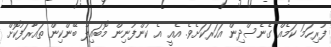
ފުރިހަމަ ކަމެއް ގެނެސްދިން އަހަރަކަށެވެ. އެއީ އެ ކުންފުނިން މޮބައިލް ބޭންކިން ތައާރަފުކޮށް